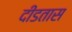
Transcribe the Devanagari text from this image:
दीडतास